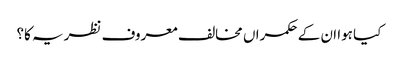
کیا ہوا ان کے حکمراں مخالف معروف نظریہ کا؟